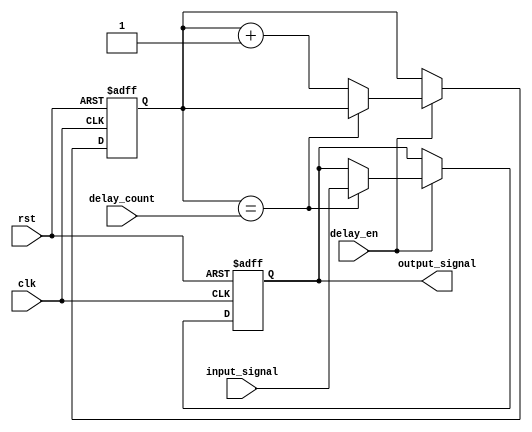
module buffer_delay (
    input wire clk,
    input wire rst,
    input wire delay_en,
    input wire [3:0] delay_count,
    input wire input_signal,
    output reg output_signal
);

reg [3:0] counter;

always @(posedge clk or posedge rst) begin
    if (rst) begin
        counter <= 4'd0;
        output_signal <= 1'b0;
    end
    else if (delay_en) begin
        if (counter == delay_count) begin
            output_signal <= input_signal;
        end
        else begin
            output_signal <= output_signal;
            counter <= counter + 1;
        end
    end
end

endmodule